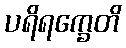
ပရိရက္ခေတိ